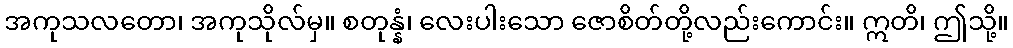
အကုသလတော၊ အကုသိုလ်မှ။ စတုန္နံ၊ လေးပါးသော ဇောစိတ်တို့လည်းကောင်း။ ဣတိ၊ ဤသို့။